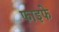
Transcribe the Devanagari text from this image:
फाइफे